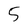
Character: 5